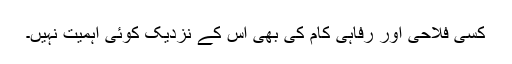
کسی فلاحی اور رفاہی کام کی بھی اس کے نزدیک کوئی اہمیت نہیں۔